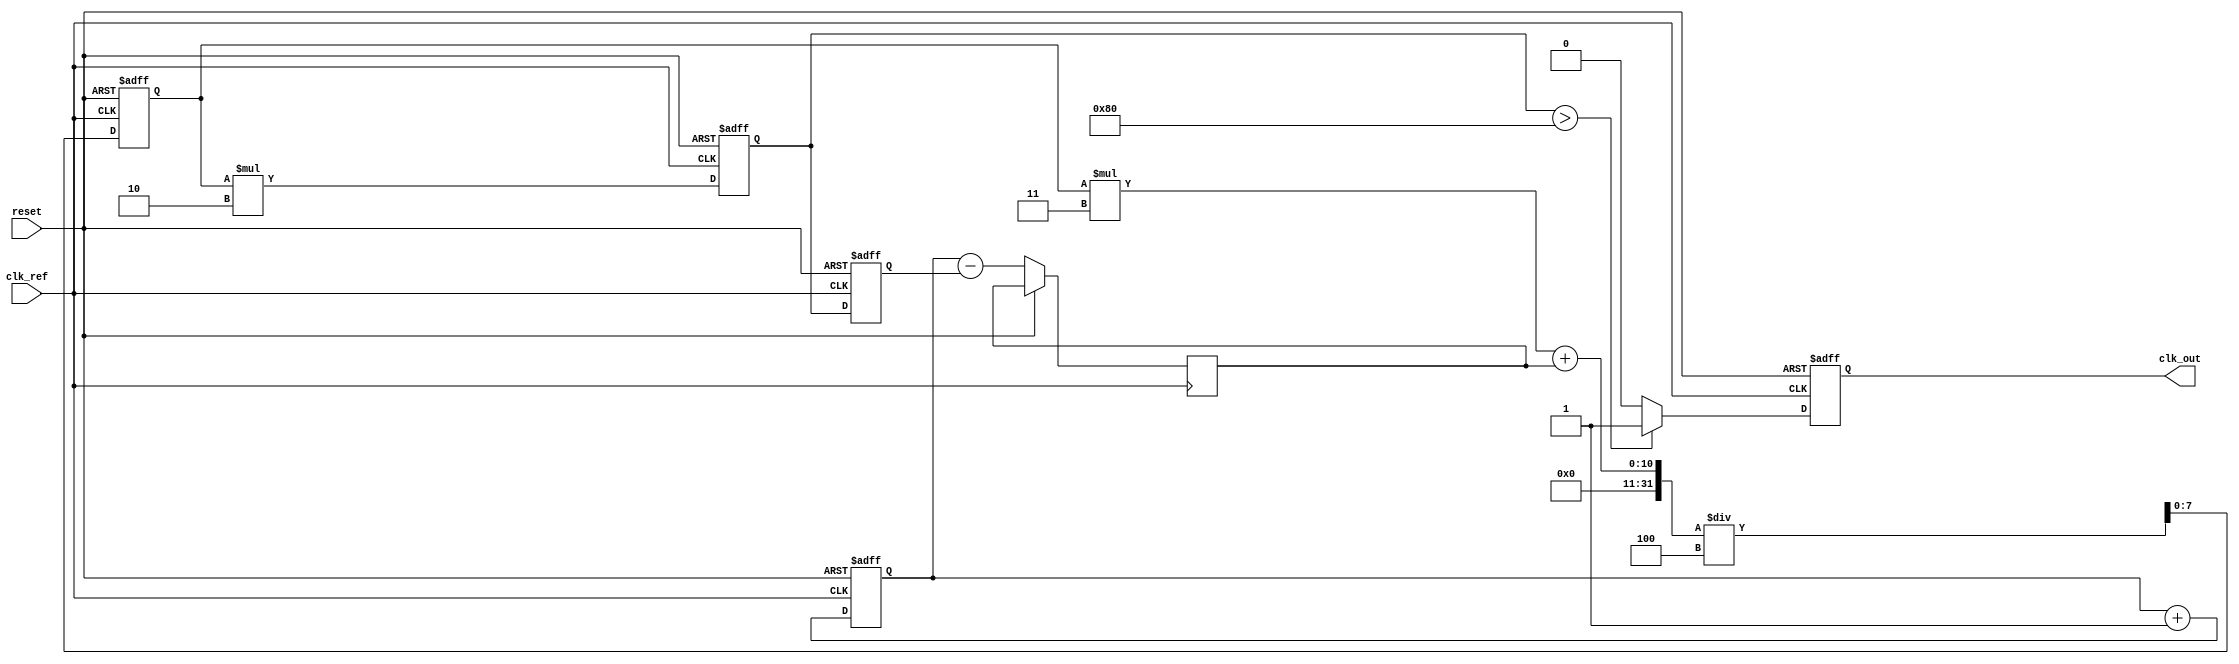
module MemoryBlocksPLL (
    input wire clk_ref,        // Reference clock input
    input wire reset,          // Reset signal
    output reg clk_out         // Output clock
);

// Parameters
parameter PHASE_WIDTH = 8;   // Width of phase information
parameter MEMORY_DEPTH = 16;  // Depth of the memory block

// Memory block for storing phase information
reg [PHASE_WIDTH-1:0] phase_memory [0:MEMORY_DEPTH-1];
integer mem_index;

// Phase Detector
reg [PHASE_WIDTH-1:0] phase_error;
reg [PHASE_WIDTH-1:0] phase_ref;
reg [PHASE_WIDTH-1:0] phase_vco;

// Low-Pass Filter
reg [PHASE_WIDTH-1:0] control_voltage;
parameter LPF_COEFF = 4; // Low-pass filter coefficient

// Voltage-Controlled Oscillator (VCO)
reg [PHASE_WIDTH-1:0] vco_output;
parameter VCO_GAIN = 2; // VCO gain

// Clock generation
always @(posedge clk_ref or posedge reset) begin
    if (reset) begin
        clk_out <= 0;
        phase_ref <= 0;
        phase_vco <= 0;
        control_voltage <= 0;
        vco_output <= 0;
        mem_index <= 0;
    end else begin
        // Phase Detector: Calculate phase error
        phase_ref <= phase_ref + 1; // Simulating reference phase increment
        phase_vco <= vco_output;      // Current VCO phase
        phase_error <= phase_ref - phase_vco;

        // Store phase error in memory
        phase_memory[mem_index] <= phase_error;
        mem_index <= (mem_index + 1) % MEMORY_DEPTH; // Circular buffer

        // Low-Pass Filter: Update control voltage
        control_voltage <= (control_voltage * (LPF_COEFF - 1) + phase_error) / LPF_COEFF;

        // Voltage-Controlled Oscillator: Update output frequency
        vco_output <= control_voltage * VCO_GAIN;

        // Generate output clock based on VCO output
        clk_out <= (vco_output > (1 << (PHASE_WIDTH - 1))) ? 1 : 0; // Simple thresholding
    end
end

endmodule